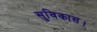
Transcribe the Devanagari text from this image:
सुविकास।